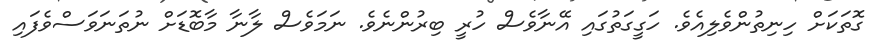
ގޮތަކަށް ހިނިތުންވެލިއެވެ. ހަގީގަތުގައި އޭނާވެސް ހުރީ ބިރުންނެވެ. ނަމަވެސް ލާނާ މާބޮޑަށް ނުތަނަވަސްވެފައި